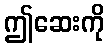
ဤဆေးကို